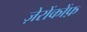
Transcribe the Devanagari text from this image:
ज़ेरोंकोंफ़